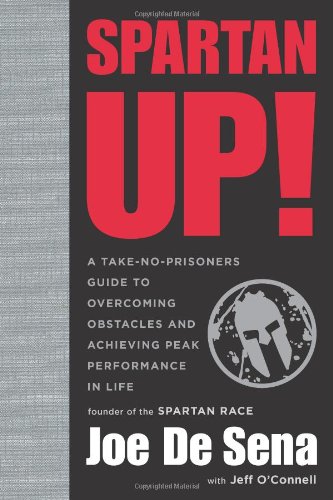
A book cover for Spartan Up!: A Take-No-Prisoners Guide to Overcoming Obstacles and Achieving Peak Performance in Life; Joe De Sena; Health, Fitness & Dieting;